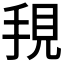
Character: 𭠺